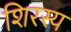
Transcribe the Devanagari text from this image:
शिरस्य